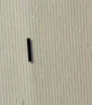
١